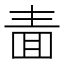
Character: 𭍥